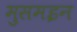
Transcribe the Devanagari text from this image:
मुसमइन